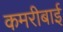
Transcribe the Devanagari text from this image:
कमरीबाई